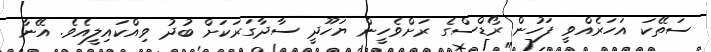
ސަތޭކަ އަހަރެއްވީ ފަހުން ރޯޑްސްގެ ރަށްވެހީން ޔަހޫދީ ސާދާގަރަކަށް ބުދު ވިއްކައިލީއެވެ. އޭނާ